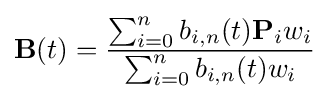
\mathbf {B} (t)={\frac {\sum _{i=0}^{n}b_{i,n}(t)\mathbf {P} _{i}w_{i}}{\sum _{i=0}^{n}b_{i,n}(t)w_{i}}}